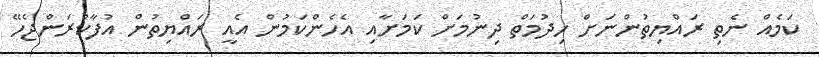
ކަމެއް ނެތި ރައްޔިތުންނަށް ހިދުމަތް ދިނުމަށް ކަމަށާއި އެހެންކަމުން އެއީ ރައްޔިތުން އުފާކުރަންޖެހޭ